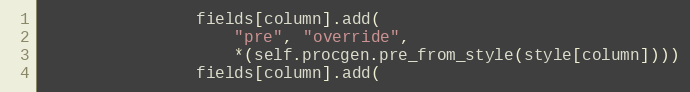
Language: Python
                fields[column].add(
                    "pre", "override",
                    *(self.procgen.pre_from_style(style[column])))
                fields[column].add(